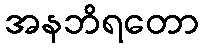
အနဘိရတော